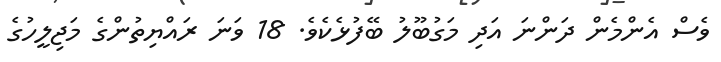
ވެސް އެންމެން ދަންނަ އަދި މަގުބޫލު ބޭފުޅެކެވެ. 18 ވަނަ ރައްޔިތުންގެ މަޖިލީހުގެ